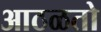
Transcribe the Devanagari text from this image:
आठळतो